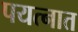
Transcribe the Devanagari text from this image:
पयत्नात